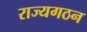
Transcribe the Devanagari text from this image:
राज्यगठन